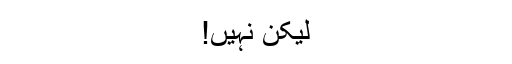
لیکن نہیں!